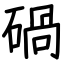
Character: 碢